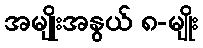
အမျိုးအနွယ် ၈-မျိုး